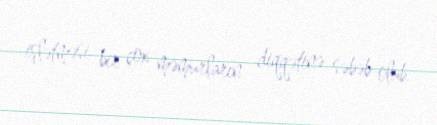
işlətməsi bir çox məmurların diqqətinə səbəb olub.